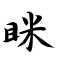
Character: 眯